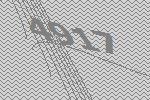
4917